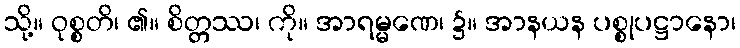
သို့။ ဝုစ္စတိ၊ ၏။ စိတ္တဿ၊ ကို။ အာရမ္မဏေ၊ ၌။ အာနယန ပစ္စုပဋ္ဌာနော၊